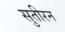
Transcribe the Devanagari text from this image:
सुतीरन